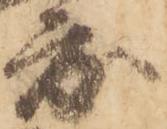
度